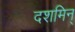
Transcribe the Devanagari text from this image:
दशमिन्‌